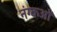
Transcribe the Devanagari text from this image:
नंग्‍कओं